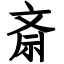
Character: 斎